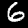
Digit: 6